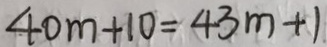
4 0 m + 1 0 = 4 3 m + 1